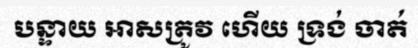
បន្ទាយ អាសត្រូវ ហើយ ទ្រង់ ចាត់